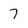
Character: 7